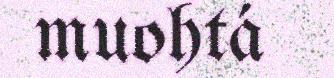
muohtá